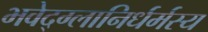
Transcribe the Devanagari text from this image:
भवेद्‌ग्लानिर्धर्मस्य